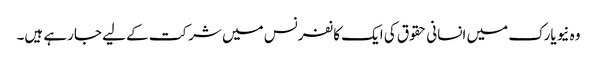
وہ نیویارک میں انسانی حقوق کی ایک کانفرنس میں شرکت کے لیے جارہے ہیں۔